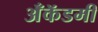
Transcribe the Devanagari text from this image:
अँकॅडमी